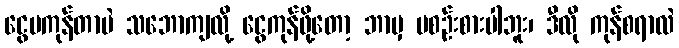
ငွေမကုန်တာပဲ သဘောကျလို့ ငွေကုန်ဖို့တော့ ဘာမှ မစဉ်းစားပါဘူး၊ ဒီလို ကုန်စရာလဲ